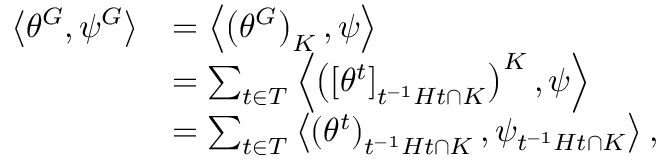
{ \begin{array} { r l } { \left\langle \theta ^ { G } , \psi ^ { G } \right\rangle } & { = \left\langle \left( \theta ^ { G } \right) _ { K } , \psi \right\rangle } \\ & { = \sum _ { t \in T } \left\langle \left( \left[ \theta ^ { t } \right] _ { t ^ { - 1 } H t \cap K } \right) ^ { K } , \psi \right\rangle } \\ & { = \sum _ { t \in T } \left\langle \left( \theta ^ { t } \right) _ { t ^ { - 1 } H t \cap K } , \psi _ { t ^ { - 1 } H t \cap K } \right\rangle , } \end{array} }